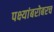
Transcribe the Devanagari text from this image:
पक्ष्यांबरोबरच